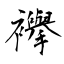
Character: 襷